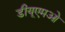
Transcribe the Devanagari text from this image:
डीयूएमओ